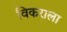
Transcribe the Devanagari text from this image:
विकराला